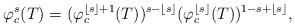
LaTeX: \begin{align*}\varphi_c^s(T)=(\varphi_c^{\lfloor s\rfloor+1}(T))^{s-\lfloor s\rfloor}(\varphi_c^{\lfloor s\rfloor}(T))^{1-s+\lfloor s\rfloor},\end{align*}